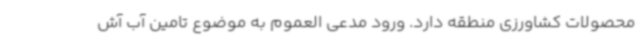
محصولات کشاورزی منطقه دارد. ورود مدعی العموم به موضوع تامین آب آش